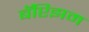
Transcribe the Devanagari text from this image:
बॅप्टिझम